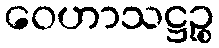
ဝေဟာသဋ္ဌဉ္စ